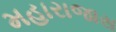
મહારાજાસ